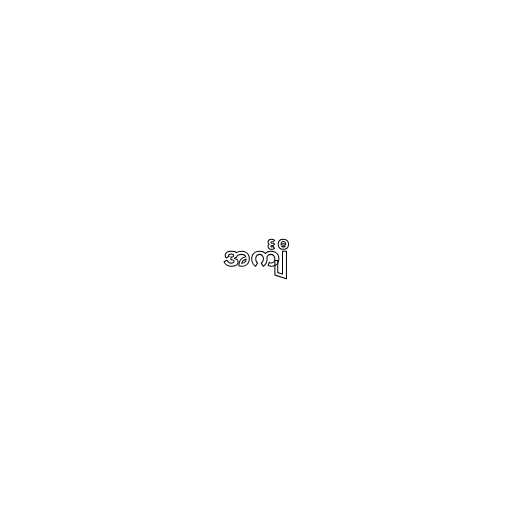
အင်္ကျီ